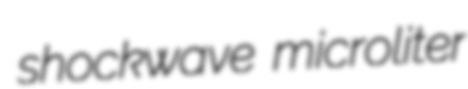
shockwave microliter